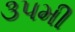
૩૫મી